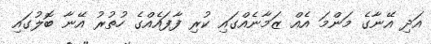
އަދި އޭނާގެ މަންމަ އެއް ޒަމާނެއްގައި ކުރި ފާފައެއްގެ ހުތުރު އޭނާ ބޮލުގައި